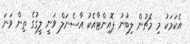
އެކަމަކު މި މެޗުން ލިބުނު ޕޮއިންޓާއެކު އާސެނަލް ވަނީ ލީގުގެ ތިން ވަނަ